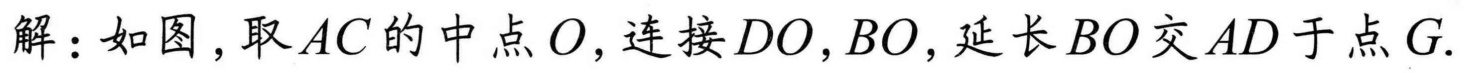
解：如图,取\(AC\)的中点\(O\),连接\(DO,BO\),延长\(BO\)交\(AD\)于点\(G\).